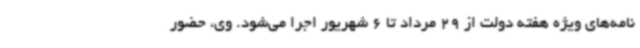
نامه‌های ویژه هفته دولت از 29 مرداد تا 6 شهریور اجرا می‌شود. وی، حضور